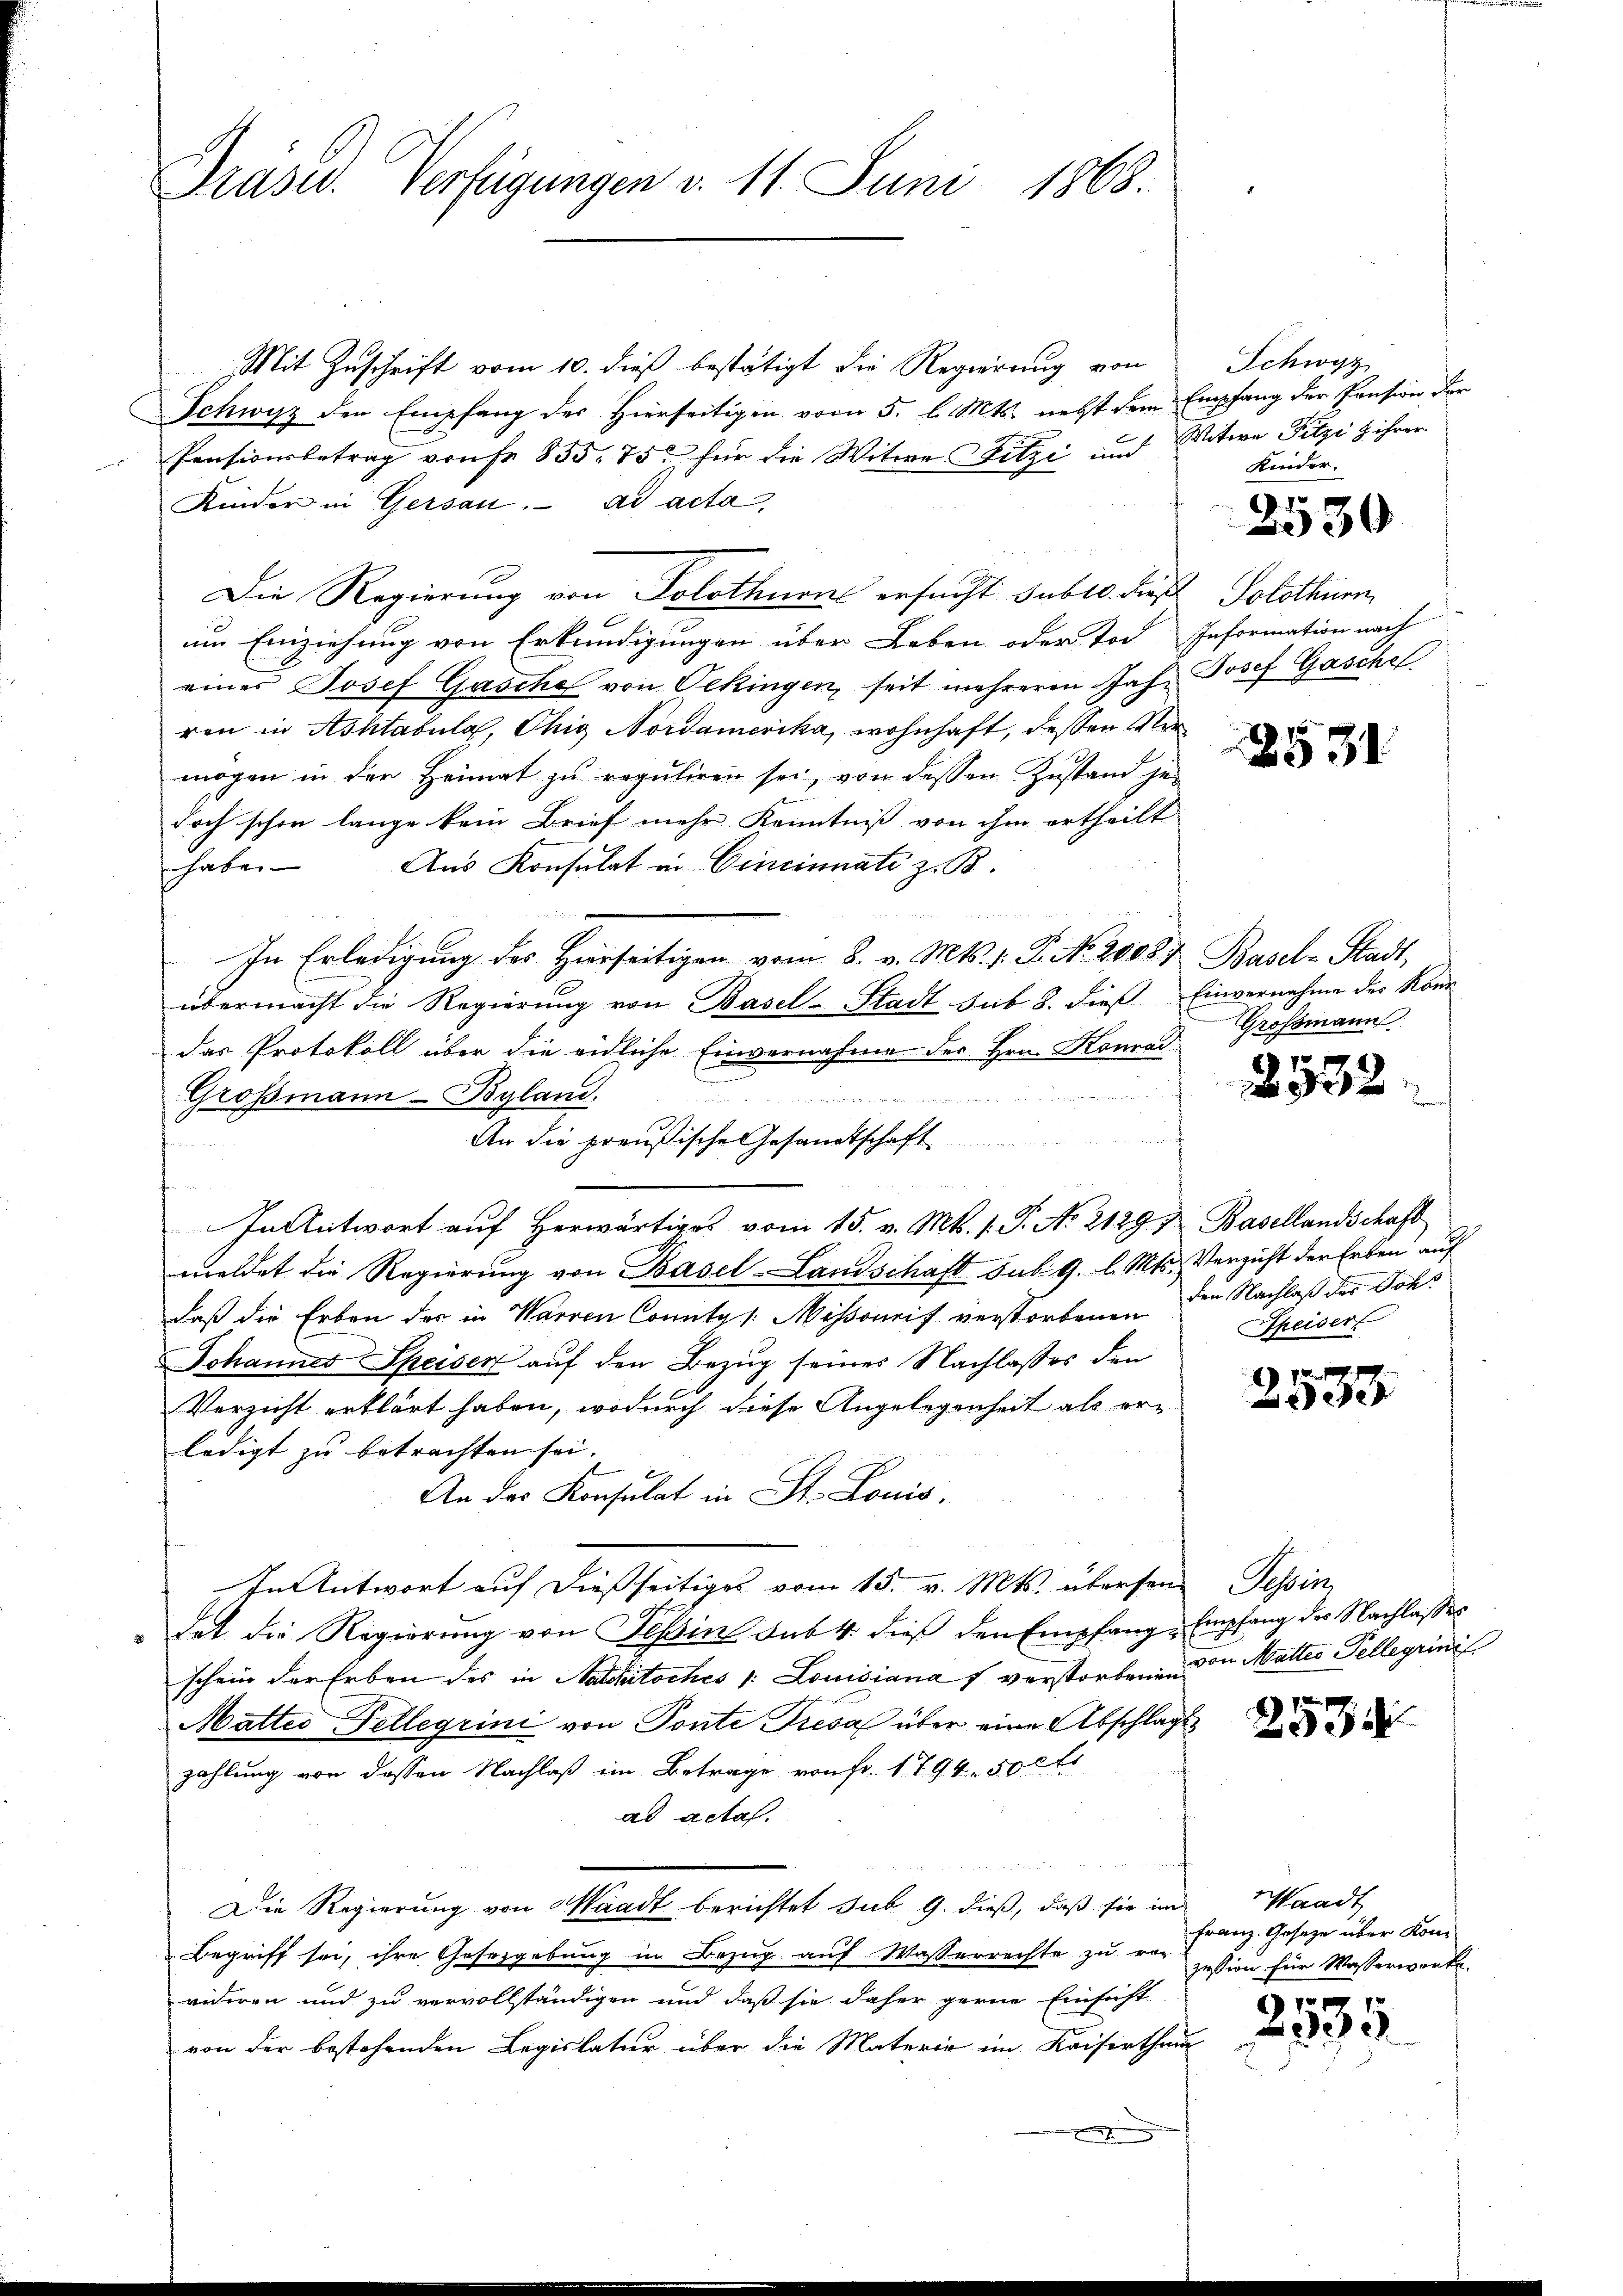
Präsid. Verfügungen v. 11. Juni 1863.

Mit Zuschrift vom 10. dieß bestätigt die Regierung von
Schwyz den Empfang des Hierseitigen vom 5. l. Mts. nebst dem Empfang der Pension der
Pensionsbetrag von Fr. 855. 75. für die Witwe Fitzi und Witwe Fitzi z ihrer
Kinder in Gersan. ad acta,
Die Regierung von Solothurn ersucht sub 10. dieß
6
um Einziehung von Erkundigungen über Leben oder Tod Information nach
eines Josef Gasche von Oekingen, seit mehreren Jahr Josef Gasche
ren in Achtabula, Chig Nordamerika, wohnhaft, dessen Vermögen in der Heimat zu reguliren sei, von dessen Zustand je-
doch schon lange kein Brief mehr Kenntniß von ihm ertheilt
habe. Aus Konsulat in Cincinati z. B.
1 Art. 14
In Erledigung des Hierseitigen vom 8. v. Mts. v. J. N. 2008. Basel-Stadt,
übermacht die Regierung von Basel-Stadt sub 8. dieß Einvernahme des Konr
das Protokoll über die eidliche Einvernahme der Hrn. Konrade
Großmann - Byland.
c
An die preußische Gesandtschaft
n
In Antwort aŭf herwärtiges vom 15. v. Mts. 1. P. N. 2129 u Basellandschaft
meldet die Regierung von Basel-Landschaft sub. 9. l. Mts. Verzicht der Erben auf
daß die Erben der in Warren County /: Missourif verstorbenen den Nachlaß der Johs
Johanner Speisen auf den Bezug seines Nachlasses den
Verzicht erklärt haben, wodurch diese Angelegenheit als erledigt zu betrachten sei.
An der Konsulat in St. Louis,
In Antwort auf dießseitiges vom 15. v. Mts. übersen
det die Regierung von Teßin sub 4. dieß den Empfang-Empfang des Nachlasses
schein der Erben des in Sacchitsches v. Louisiana 7 verstorbenen den Maltes Tellegrini
Mattes Fellegrini von Ponte Tresa über eine Abschlags
zahlung von dessen Nachlaß im Betrage von fr. 1794. 50 l
ad actaf.
Die Regierung von Waadt berichtet sub 9. dieß, daß sie im
Begriff sei, ihre Gesergebung in Bezug auf Wasserrechte zu vor
vidiren und zu vervollständigen und daß sie daher gerne Einsicht
von der bestehenden Legislatur über die Materie im Kaiserthan
x

i

Schwyz
Kinder.

70
30

Solothurn

2531

Grossmann

2532.

Speisert

u
ee

Seen

A
23

Waadt
Franz. Gesetze über Kon-
zession für Wasserworte.

2535.